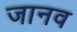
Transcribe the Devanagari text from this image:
जानव